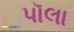
પૉલા